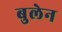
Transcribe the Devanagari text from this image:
बुलेन